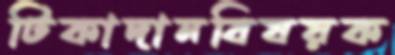
টিকাদানবিষয়ক